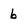
Character: b